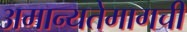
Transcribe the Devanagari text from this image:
अमान्यतेमागची